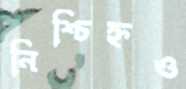
নিশ্চিহ্নও